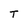
Character: T